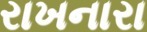
રાખનારા